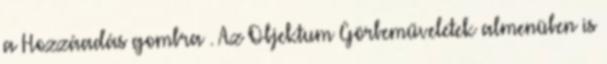
a Hozzáadás gombra . Az Objektum Görbeműveletek almenüben is